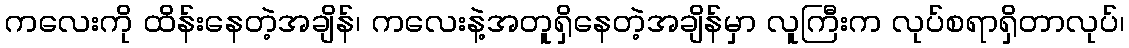
ကလေးကို ထိန်းနေတဲ့အချိန်၊ ကလေးနဲ့အတူရှိနေတဲ့အချိန်မှာ လူကြီးက လုပ်စရာရှိတာလုပ်၊